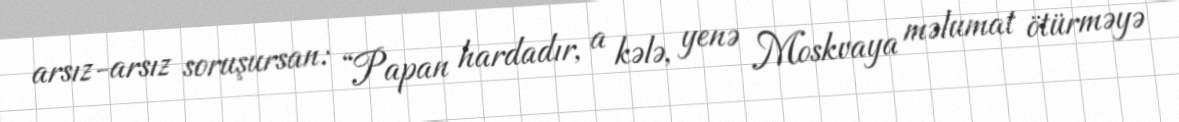
arsız-arsız soruşursan: “Papan hardadır, a kələ, yenə Moskvaya məlumat ötürməyə